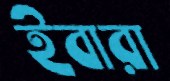
ইবারা